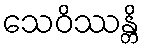
သေဝိဿန္တိ